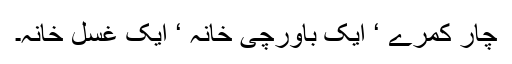
چار کمرے ‘ ایک باورچی خانہ ‘ ایک غسل خانہ۔